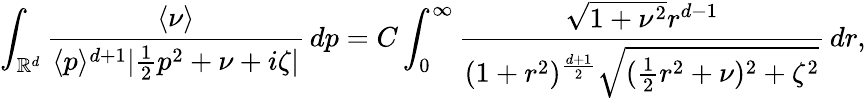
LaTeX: \int_{\mathbb{R}^{d}}\frac{\langle\nu\rangle}{\langle p\rangle^{d+1}|\frac{1}{2}p^{2}+\nu+i\zeta|}\, dp=C\int_{0}^{\infty}\frac{\sqrt{1+\nu^{2}}r^{d-1}}{(1+r^{2})^{\frac{d+1}{2}}\sqrt{(\frac{1}{2}r^{2}+\nu)^{2}+\zeta^{2}}}\, dr,